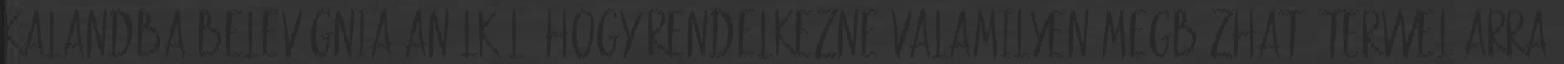
kalandba belevágnia anélkül, hogy rendelkezne valamilyen megbízható tervvel arra